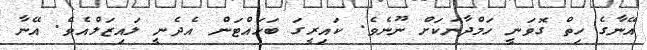
އޭނާގެ ހިތް ގޮވަނީ ހަމްދާނަކަށް ނޫނެވެ. ކައިރީގަ ބަހައްޓަން އެދެނީ ލައިޒަލްއެވެ. އޭނާ